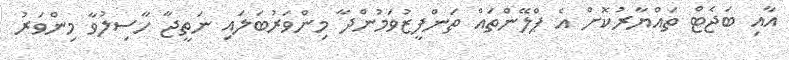
އާއި ބަޖެޓް ތައްޔާރުކޮށް އެ ޕްލޭންތައް ތަންފީޒުވަމުންދާ މިންވަރުބަލައި ނަތީޖާ ހާސިލުވާ މިންވަރު